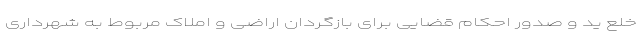
خلع ید و صدور احکام قضایی برای بازگردان اراضی و املاک مربوط به شهرداری